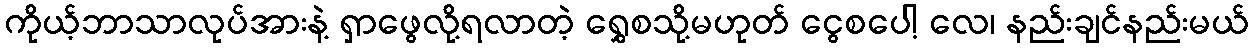
ကိုယ့်ဘာသာလုပ်အားနဲ့ ရှာဖွေလို့ရလာတဲ့ ရွှေစသို့မဟုတ် ငွေစပေါ့ လေ၊ နည်းချင်နည်းမယ်